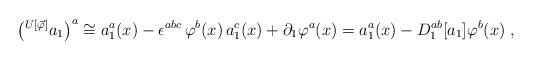
\begin{align*}\left( ^{U[\vec \varphi]} a_1\right)^a \cong a_1^a(x) - \epsilon^{abc} \, \varphi^b(x) \, a_1^c(x) + \partial_1 \varphi^a(x) = a_1^a(x) - D_1^{ab}[a_1] \varphi^b(x) \; , \end{align*}